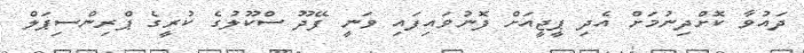
ދައުވާ ކޮށްދިނުމަށް އެދި ޕީޖީއަށް ފޮނުވައިފައި ވަނީ ފޭދޫ ސްކޫލުގެ ކުރީގެ ޕްރިންސިޕަލް